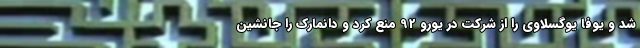
شد و یوفا یوگسلاوی را از شرکت در یورو 92 منع کرد و دانمارک را جانشین